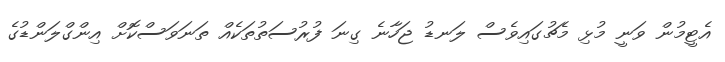
އެޓީމުން ވަނީ މުޅި މެޗުގައިވެސް ލަނޑު ޖަހާނެ ގިނަ ފުރުސަތުތަކެއް ތަނަވަސްކޮށް އިންގްލަންޑުގެ